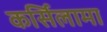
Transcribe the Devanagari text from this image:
कर्सिलामा